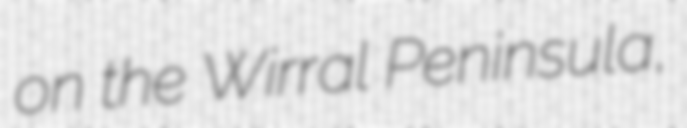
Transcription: on the Wirral Peninsula,